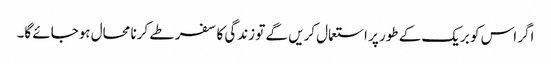
اگر اس کو بریک کے طور پر استعمال کریں گے تو زندگی کا سفر طے کرنا محال ہوجائے گا۔